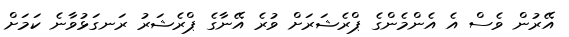
އޭރުން ވެސް އެ އެންމެންގެ ޕްރެޝަރަށް ވުރެ އޭނާގެ ޕްރެޝަރު ރަނގަޅުވާނެ ކަމަށް